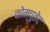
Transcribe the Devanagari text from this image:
कोम्पुतेद